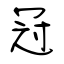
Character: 冠